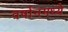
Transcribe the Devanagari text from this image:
वर्षानमध्ये